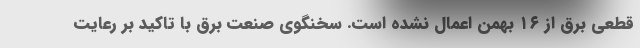
قطعی برق از ۱۶ بهمن اعمال نشده است. سخنگوی صنعت برق با تاکید بر رعایت